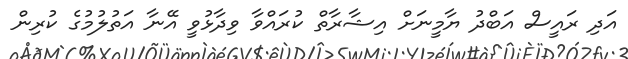
އަދި ރައީސް އަބްދު ޔާމީނަށް އިޝާރާތް ކުރައްވާ ވިދާޅުވީ އޭނާ އަތުލުމުގެ ކުރިން